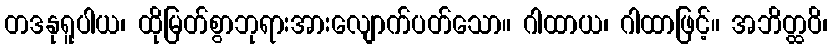
တဒနုရူပါယ၊ ထိုမြတ်စွာဘုရားအားလျောက်ပတ်သော။ ဂါထာယ၊ ဂါထာဖြင့်။ အဘိတ္ထဝိ၊